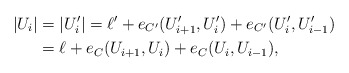
\begin{align*}|U_i|&=|U_i'|=\ell' +e_{C'}(U_{i+1}', U_i')+e_{C'}(U_i', U_{i-1}')\\&=\ell+e_C(U_{i+1}, U_i)+e_C(U_i, U_{i-1}),\end{align*}